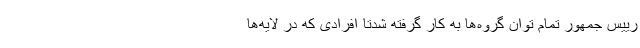
رییس جمهور تمام توان گروه‌ها به کار گرفته شدتا افرادی که در لایه‌ها